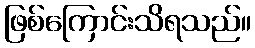
ဖြစ်ကြောင်းသိရသည်။